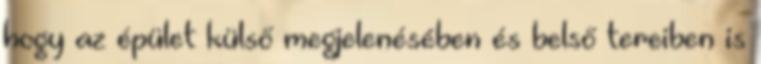
hogy az épület külső megjelenésében és belső tereiben is